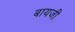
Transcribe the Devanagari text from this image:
बायजी